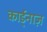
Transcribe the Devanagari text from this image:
कार्ड्नाज़